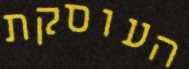
העוסקת